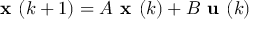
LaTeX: { \textbf { x } } ( k + 1 ) = A { \textbf { x } } ( k ) + B { \textbf { u } } ( k )